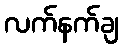
လက်နက်ချ